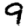
Digit: 9